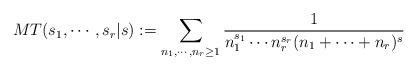
LaTeX: \begin{align*} MT(s_1,\cdots,s_r|s) := \sum_{n_1,\cdots,n_r\geq1}\frac{1}{n_1^{s_1}\cdots n_r^{s_r}(n_1+\cdots+n_r)^s} \end{align*}